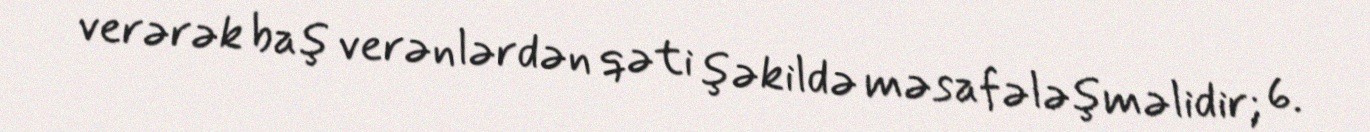
verərək baş verənlərdən qəti şəkildə məsafələşməlidir; 6.